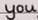
you